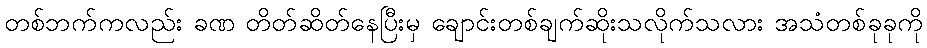
တစ်ဘက်ကလည်း ခဏ တိတ်ဆိတ်နေပြီးမှ ချောင်းတစ်ချက်ဆိုးသလိုက်သလား အသံတစ်ခုခုကို